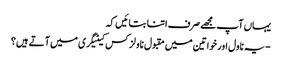
یہاں آپ مجھے صرف اتنا بتائیں کہ
-یہ ناول اور خواتین میں مقبول ناولز کس کیٹیگری میں آتے ہیں؟